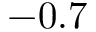
- 0 . 7